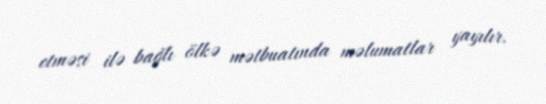
etməsi ilə bağlı ölkə mətbuatında məlumatlar yayılır.